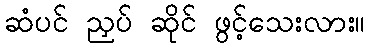
ဆံပင် ညှပ် ဆိုင် ဖွင့်သေးလား။